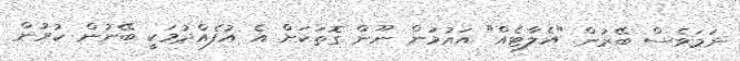
ނަމަވެސް ބޭރުން "އެލާޓެއް" އައުމުން ނޫން ގޮތަކަށް އެ އުފެއްދުމަކީ ބޭނުން ކުރުން